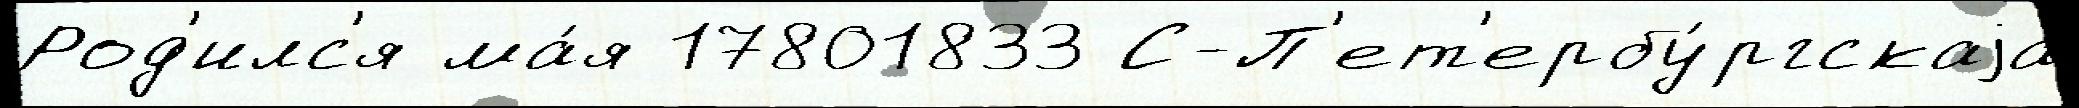
Род'илс'я ма́я 17801833 С-П'ет'ербу́ргскаjа